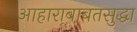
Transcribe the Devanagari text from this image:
आहाराबाबतसुद्धा